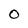
Character: 0